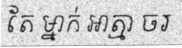
តែ ម្នាក់ អាត្មា ចរ